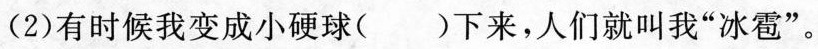
(2)有时候我变成小硬球()下来，人们就叫我”冰雹”。